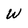
Character: w